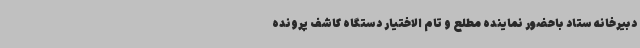
دبیرخانه ستاد باحضور نماینده مطلع و تام الاختیار دستگاه کاشف پرونده